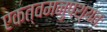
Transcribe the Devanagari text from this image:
एकत्वमनुपश्यतः